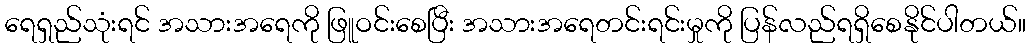
ရေရှည်သုံးရင် အသားအရေကို ဖြူဝင်းစေပြီး အသားအရေတင်းရင်းမှုကို ပြန်လည်ရရှိစေနိုင်ပါတယ်။